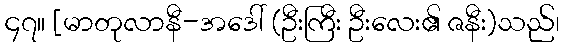
၄၇။ [မာတုလာနီ-အဒေါ် (ဦးကြီး ဦးလေး၏ ဇနီး)သည်၊